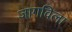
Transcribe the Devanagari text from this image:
जागविला